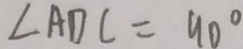
\angle A D C = 9 0 ^ { \circ }